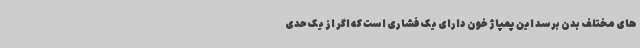
های مختلف بدن برسد این پمپاژ خون دارای یک فشاری است که اگر از یک حدی